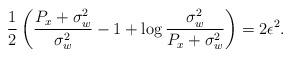
LaTeX: \begin{align*}\frac{1}{2}\left(\frac{P_x + \sigma_w^2}{\sigma_w^2} - 1 + \log \frac{\sigma_w^2}{P_x + \sigma_w^2}\right) = 2 \epsilon^2.\end{align*}